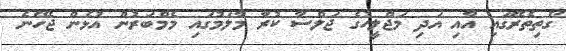
ގޯތިތެރޭގައި އާއި އަދި މަޖްލީހުގެ ޖަލްސާ ކުރާ މާލަމުގައި މެމްބަރުން އުޅެން ޖެހޭނެ